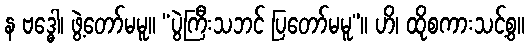
န ဗဒ္ဓေါ၊ ဖွဲ့တော်မမူ။ “ပွဲကြီးသဘင် ပြတော်မမူ”။ ဟိ၊ ထိုစကားသင့်စွ။